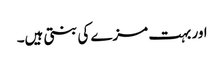
اور بہت مزے کی بنتی ہیں۔